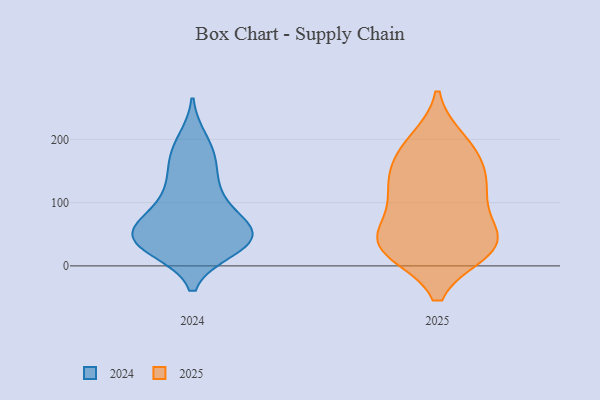
{"axis": {"x": "Churn Rate (%)", "y": "Value"}, "legend": ["2024", "2025"], "data": [{"x": "", "y": 32, "type": "2025"}, {"x": "", "y": 133, "type": "2025"}, {"x": "", "y": 26, "type": "2025"}, {"x": "", "y": 99, "type": "2025"}, {"x": "", "y": 195, "type": "2025"}, {"x": "", "y": 128, "type": "2025"}, {"x": "", "y": 172, "type": "2025"}, {"x": "", "y": 117, "type": "2025"}, {"x": "", "y": 46, "type": "2025"}, {"x": "", "y": 30, "type": "2025"}, {"x": "", "y": 38, "type": "2025"}, {"x": "", "y": 183, "type": "2025"}, {"x": "", "y": 39, "type": "2025"}, {"x": "", "y": 36, "type": "2024"}, {"x": "", "y": 65, "type": "2024"}, {"x": "", "y": 161, "type": "2024"}, {"x": "", "y": 148, "type": "2024"}, {"x": "", "y": 58, "type": "2024"}, {"x": "", "y": 39, "type": "2024"}, {"x": "", "y": 28, "type": "2024"}, {"x": "", "y": 32, "type": "2024"}, {"x": "", "y": 46, "type": "2024"}, {"x": "", "y": 46, "type": "2024"}, {"x": "", "y": 87, "type": "2024"}, {"x": "", "y": 183, "type": "2024"}, {"x": "", "y": 197, "type": "2024"}, {"x": "", "y": 54, "type": "2024"}, {"x": "", "y": 46, "type": "2024"}, {"x": "", "y": 109, "type": "2024"}, {"x": "", "y": 113, "type": "2024"}]}